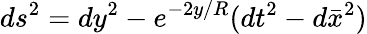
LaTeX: ds^{2}=dy^{2}-e^{-2y/R}(dt^{2}-d\bar{x}^{2})